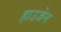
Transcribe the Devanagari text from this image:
हाउजेन